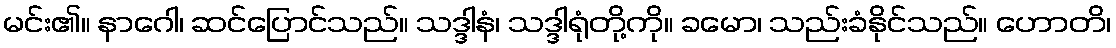
မင်း၏။ နာဂေါ၊ ဆင်ပြောင်သည်။ သဒ္ဒါနံ၊ သဒ္ဒါရုံတို့ကို။ ခမော၊ သည်းခံနိုင်သည်။ ဟောတိ၊